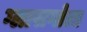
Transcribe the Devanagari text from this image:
ग्लासगोला